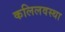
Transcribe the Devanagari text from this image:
कलिलवस्था